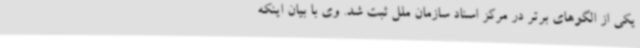
یکی از الگوهای برتر در مرکز اسناد سازمان ملل ثبت شد. وی با بیان اینکه